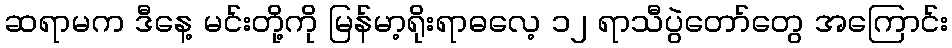
ဆရာမက ဒီနေ့ မင်းတို့ကို မြန်မာ့ရိုးရာဓလေ့ ၁၂ ရာသီပွဲတော်တွေ အကြောင်း